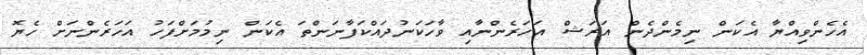
އެހެންވިއްޔާ އެކަން ނިމެންދެން އަރަޝް އަހަރެންނާއި ވާހަކަނުދައްކަފާނަންތަ އެކަން ނިމުމަށްފަހު އަހަރެންނަށް ހެޔޮ